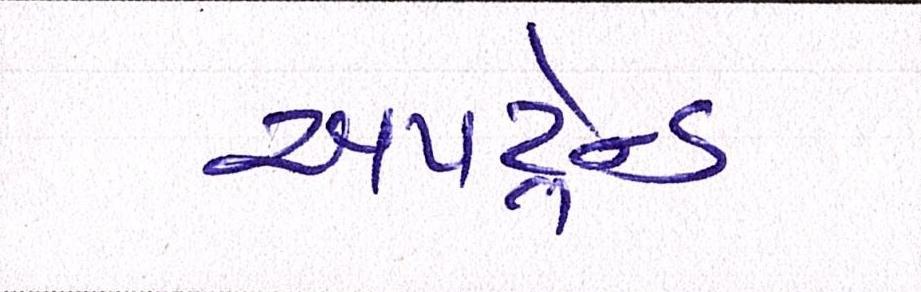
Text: અપટ્રેન્ડ